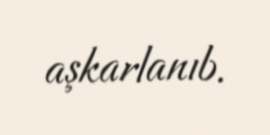
aşkarlanıb.